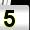
Digit: 5